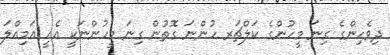
ދިވެހިންގެ ގިނަ މީހުންގެ ކަލްޗަރ ހުންނަ ގޮތުން ގިނަ މީހުންނަކީ އެއީ އަމިއްލަ